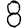
Digit: 8